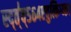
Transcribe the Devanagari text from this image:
स्द्त्॑व्५६४एवुत्किग्य्क।